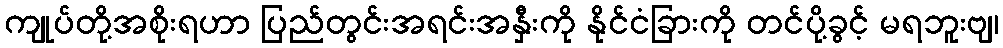
ကျုပ်တို့အစိုးရဟာ ပြည်တွင်းအရင်းအနှီးကို နိုင်ငံခြားကို တင်ပို့ခွင့် မရဘူးဗျ၊